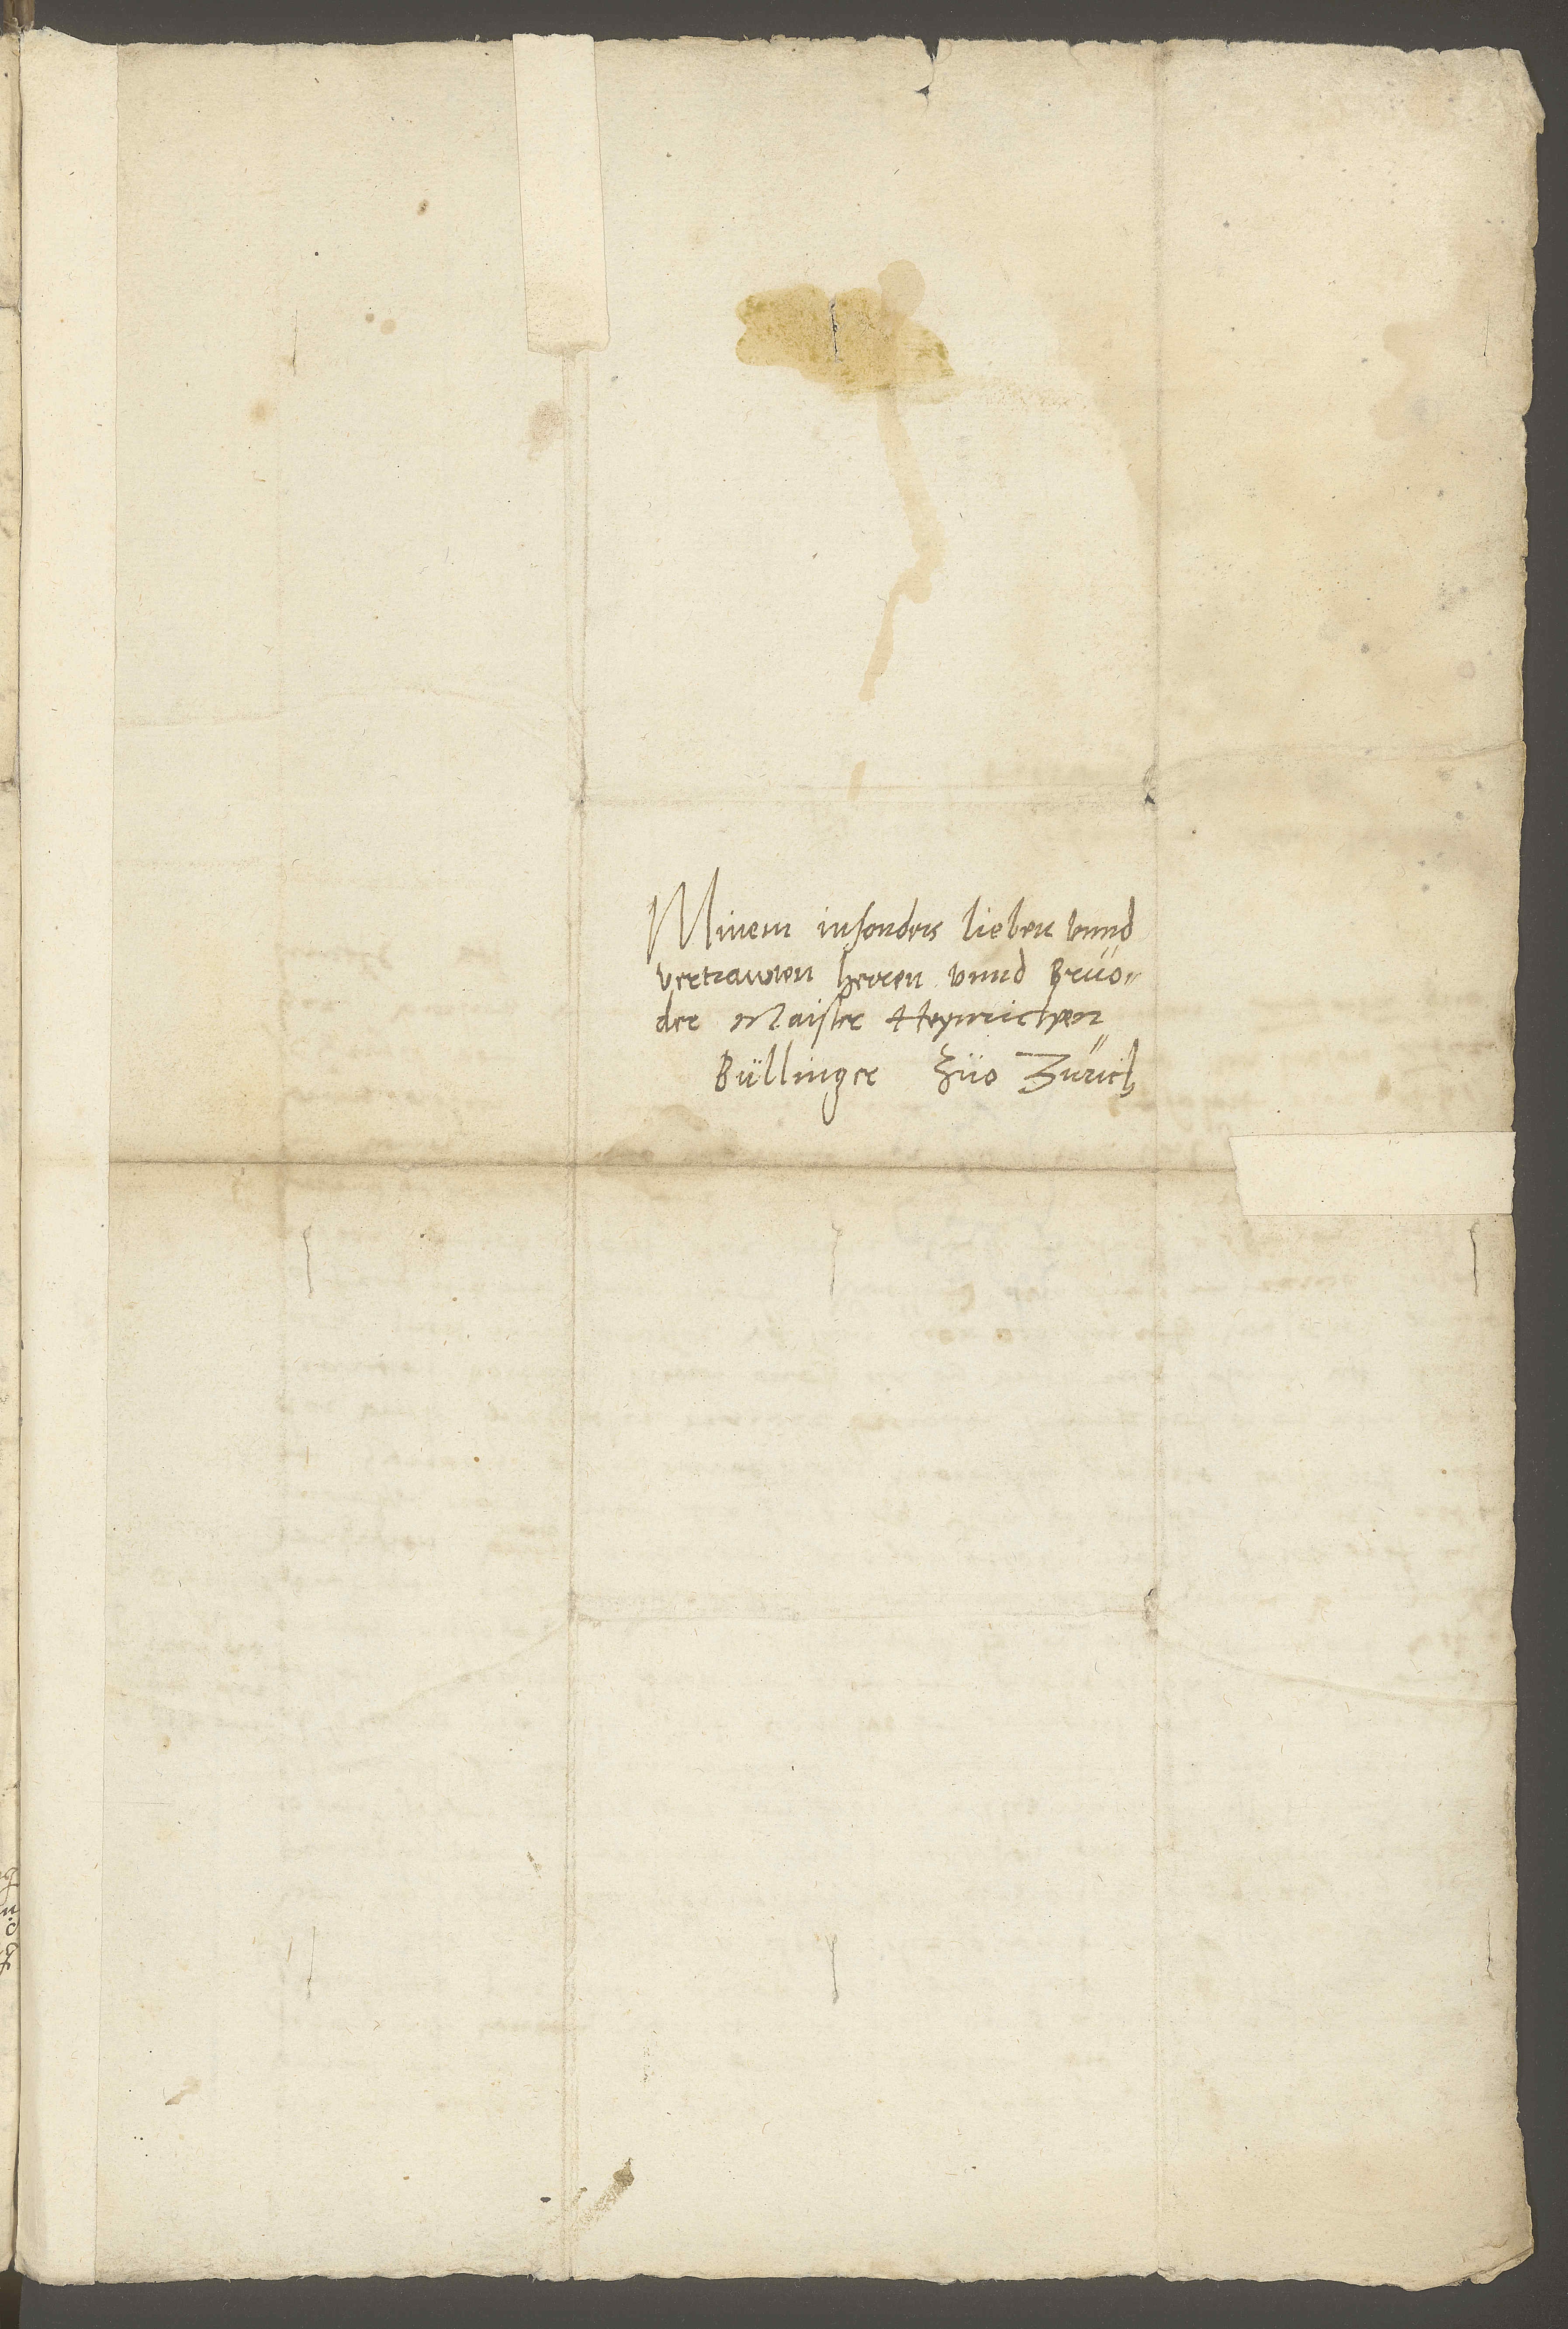
Minem insonders lieben unnd
vertrawten herren unnd bruoder
Maister Heynrichen
Bullinger, zuo Zurich.